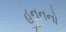
હનનનો